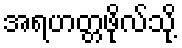
အရဟတ္တဖိုလ်သို့